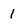
Character: 1